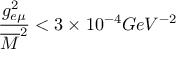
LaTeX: \frac { g _ { e \mu } ^ { 2 } } { \overline { { M } } ^ { 2 } } < 3 \times 1 0 ^ { - 4 } G e V ^ { - 2 }